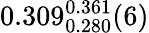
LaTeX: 0.309_{0.280}^{0.361}(6)